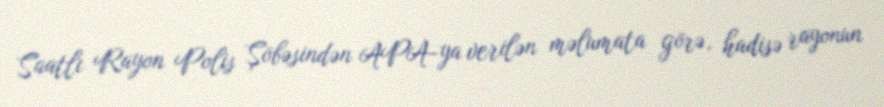
Saatlı Rayon Polis Şöbəsindən APA-ya verilən məlumata görə, hadisə rayonun